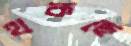
থকছে